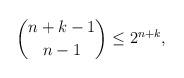
LaTeX: \begin{align*}\binom{n+k-1}{n-1} \leq 2^{n+k},\end{align*}